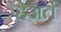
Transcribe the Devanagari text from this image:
हेअर्त